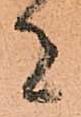
者